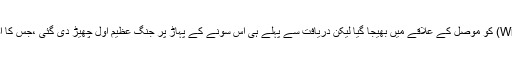
برطانوی ماہر ولیم نوکس ڈی آر سی (William knox D-arcy) کو موصل کے علاقے میں بھیجا گیا لیکن دریافت سے پہلے ہی اس سونے کے پہاڑ پر جنگ عظیم اول چھیڑ دی گئی ،جس کا اصل نشانہ خلافت عثمانیہ کو حصے بخروں میں تقسیم کرنا تھا۔